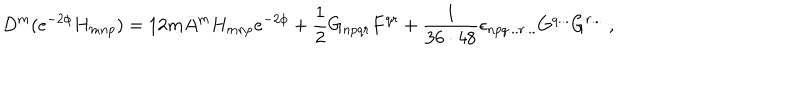
LaTeX: D ^ { m } ( e ^ { - 2 \phi } H _ { m n p } ) = 1 2 m A ^ { m } H _ { m n p } e ^ { - 2 \phi } + \frac { 1 } { 2 } G _ { n p q r } F ^ { q r } + { \frac { 1 } { 3 6 \cdot 4 8 } } \epsilon _ { n p q . . . r . . . } G ^ { q . . . } G ^ { r . . . } \ ,